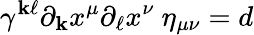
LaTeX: \gamma^{\mathbf{k}\ell}\partial_{\mathbf{k}}x^{\mu}\partial_{\ell}x^{\nu}~\eta_{\mu\nu}=d